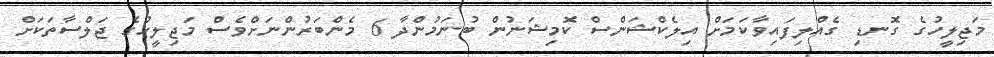
މަޖިލީހުގެ ގޮނޑި ގެއްލިފައިވާކަމަށް އިލެކްޝަންސް ކޮމިޝަނުން ބުނަމުންދާ 6 މެންބަރުންނަށްވެސް މަޖިލީހުގެ ޖަލްސާތަކަށް